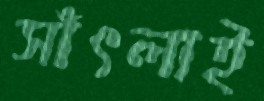
সাঁৎলাই